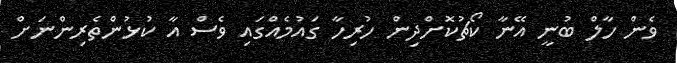
ވެން ހާލް ބުނީ އޭނާ ކޯޗުކޮށްދިން ހުރިހާ ގައުމެއްގައި ވެސް އާ ކުޅުންތެރިންނަށް